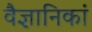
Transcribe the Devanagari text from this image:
वैज्ञानिकां